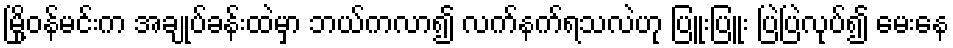
မြို့ဝန်မင်းက အချုပ်ခန်းထဲမှာ ဘယ်ကလာ၍ လက်နက်ရသလဲဟု ပြူးပြူး ပြဲပြဲလုပ်၍ မေးနေ